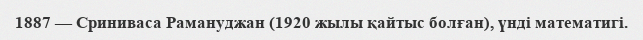
1887 — Сриниваса Рамануджан (1920 жылы қайтыс болған), үнді математигі.